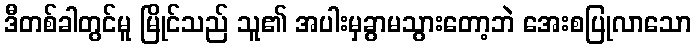
ဒီတစ်ခါတွင်မူ မြိုင်သည် သူ၏ အပါးမှခွာမသွားတော့ဘဲ အေးစပြုလာသော